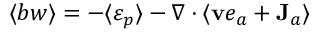
\langle b w \rangle = - \langle \varepsilon _ { p } \rangle - \nabla \cdot \langle { \bf v } e _ { a } + { \bf J } _ { a } \rangle